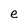
Character: e